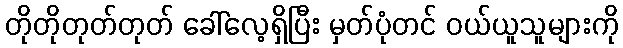
တိုတိုတုတ်တုတ် ခေါ်လေ့ရှိပြီး မှတ်ပုံတင် ဝယ်ယူသူများကို